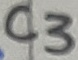
Text: C3